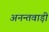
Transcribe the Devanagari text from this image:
अनन्तवाड़ी